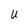
Character: U